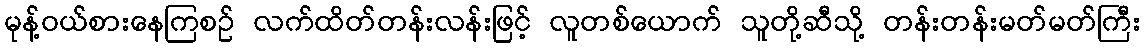
မုန့်ဝယ်စားနေကြစဉ် လက်ထိတ်တန်းလန်းဖြင့် လူတစ်ယောက် သူတို့ဆီသို့ တန်းတန်းမတ်မတ်ကြီး